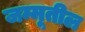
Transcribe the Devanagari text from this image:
जम्मूतील